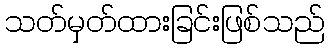
သတ်မှတ်ထားခြင်းဖြစ်သည်